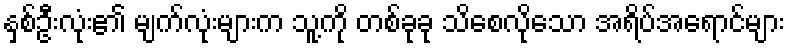
နှစ်ဦးလုံး၏ မျက်လုံးများက သူ့ကို တစ်ခုခု သိစေလိုသော အရိပ်အရောင်များ